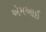
એમઆઈ